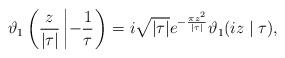
LaTeX: \begin{align*}\vartheta_1\left(\frac {z}{|\tau|}\left| -\frac {1}{\tau}\right.\right)=i\sqrt{|\tau|}e^{-\frac{\pi z^2}{|\tau|}}\vartheta _1 (iz\mid \tau ),\end{align*}